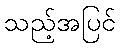
သည့်အပြင်